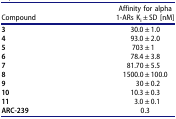
| Compound | Affinity for alpha 1-ARs Ki ± SD [nM] |
 | --- | --- |
 | 3 | 30.0 ± 1.0 |
 | 4 | 93.0 ± 2.0 |
 | 5 | 703 ± 1 |
 | 6 | 78.4 ± 3.8 |
 | 7 | 81.70 ± 5.5 |
 | 8 | 1500.0 ± 100.0 |
 | 9 | 30 ± 0.2 |
 | 10 | 10.3 ± 0.3 |
 | 11 | 3.0 ± 0.1 |
 | ARC-239 | 0.3 |